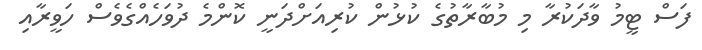
ފަސް ޓީމު ވާދަކުރާ މި މުބާރާތުގެ ކުޅުން ކުރިއަށްދަނީ ކޮންމެ ދުވަހެއްގެވެސް ހަވީރާއި